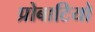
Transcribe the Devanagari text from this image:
प्रोबाटियो